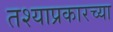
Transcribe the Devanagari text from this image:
तश्याप्रकारच्या